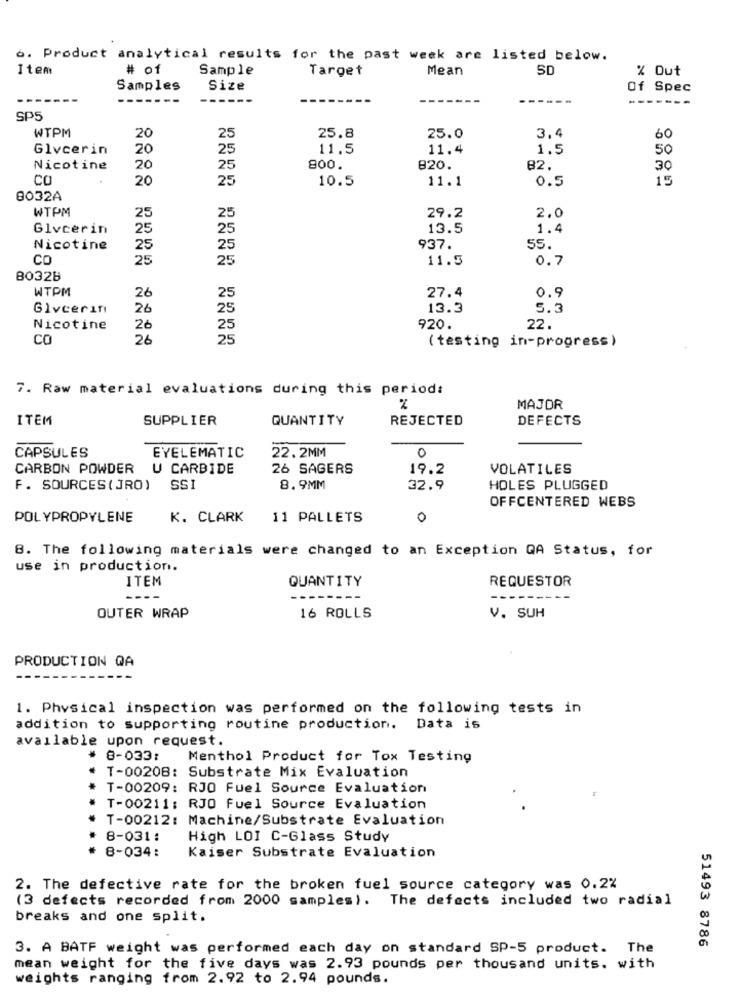
6. Product analytical results for the past week are listed below.
Item
# of
Sample
Target
Mean
SD
% Out
Samples
Size
Of Spec
-------
SP5
WTPM
25.8
20
25
25.0
3.4
60
Glycerin
20
25
11.5
11.4
1.5
50
Nicotine
20
25
800.
820.
82.
30
CO
20
25
10.5
0.5
15
11.1
8032A
WTPM
25
25
29.2
2.0
Glycerin
25
25
13.5
1.4
Nicotine
25
25
937.
55.
CO
25
25
11.5
0.7
80328
WTPM
27.4
0.9
26
25
Glvcerın
26
25
13.3
5.3
Nicotine
26
25
920.
22.
CO
26
25
( testing in-progress)
7. Raw material evaluations during this period:
2
MAJOR
ITEM
SUPPLIER
QUANTITY
REJECTED
DEFECTS
CAPSULES
EYELEMATIC
22.2MM
0
CARBON POWDER U CARBIDE
26 SAGERS
19.2
VOLATILES
F. SOURCES ( JRO)
SSI
8.9MM
32.9
HOLES PLUGGED
OFFCENTERED WEBS
POLYPROPYLENE
K. CLARK
11 PALLETS
0
8. The following materials were changed to an Exception QA Status, for
use in production.
ITEM
QUANTITY
REQUESTOR
OUTER WRAP
16 ROLLS
V. SUH
PRODUCTION QA
1. Physical inspection was performed on the following tests in
addition to supporting routine production. Data is
available upon request.
# 8-033:
Menthol Product for Tox Testing
* T-00208: Substrate Mix Evaluation
T-00209: RJO Fuel Source Evaluation
T-00211: RJO Fuel Source Evaluation
T-00212: Machine/Substrate Evaluation
8-031:
High LOI C-Glass Study
8-034:
Kaiser Substrate Evaluation
2. The defective rate for the broken fuel source category was 0.2%
The defects included two radial
(3 defects recorded from 2000 samples).
breaks and one split.
51493 8786
3. A BATF weight was performed each day on standard SP-5 product. The
mean weight for the five days was 2.93 pounds per thousand units. with
weights ranging from 2.92 to 2.94 pounds.